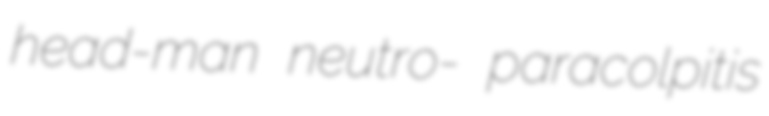
head-man neutro- paracolpitis